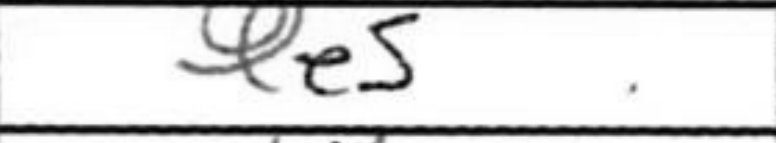
Transcription: Qe5